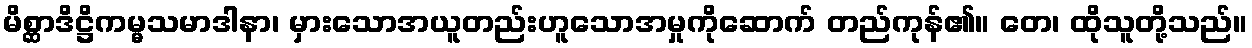
မိစ္ဆာဒိဋ္ဌိကမ္မသမာဒါနာ၊ မှားသောအယူတည်းဟူသောအမှုကိုဆောက် တည်ကုန်၏။ တေ၊ ထိုသူတို့သည်။